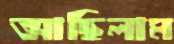
আছিলাম